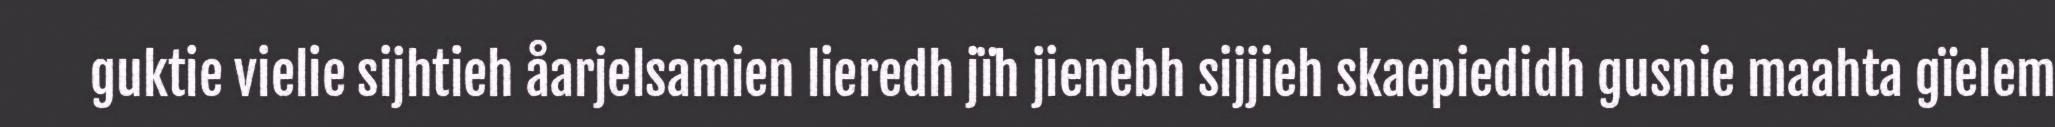
guktie vielie sijhtieh åarjelsamien lieredh jïh jienebh sijjieh skaepiedidh gusnie maahta gïelem